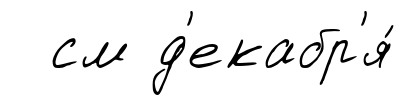
см д'екабр'я́